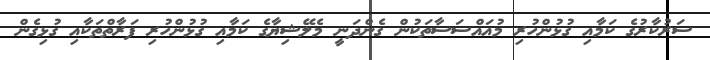
ސަރުކާރުގެ ކަމާއި ގުޅުންހުރި މުއައްސަސާތަކުން ގެންދަނީ މެލޭޝިޔާގެ ކަމާއި ގުޅުންހުރި ފަރާތްތަކާއި ގުޅިގެން